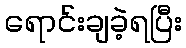
ရောင်းချခဲ့ရပြီး